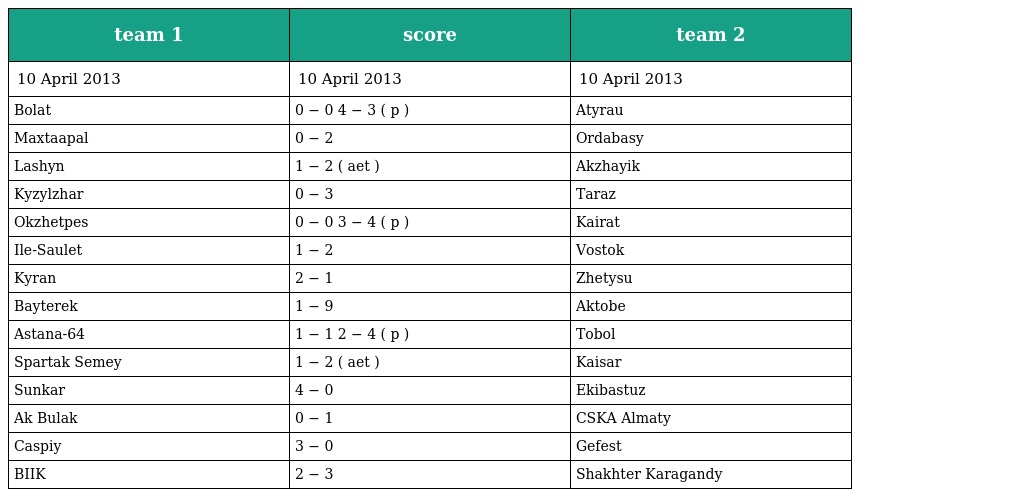
| team 1 | score | team 2 |
 | --- | --- | --- |
 | 10 April 2013 | 10 April 2013 | 10 April 2013 |
 | Bolat | 0 − 0 4 − 3 ( p ) | Atyrau |
 | Maxtaapal | 0 − 2 | Ordabasy |
 | Lashyn | 1 − 2 ( aet ) | Akzhayik |
 | Kyzylzhar | 0 − 3 | Taraz |
 | Okzhetpes | 0 − 0 3 − 4 ( p ) | Kairat |
 | Ile-Saulet | 1 − 2 | Vostok |
 | Kyran | 2 − 1 | Zhetysu |
 | Bayterek | 1 − 9 | Aktobe |
 | Astana-64 | 1 − 1 2 − 4 ( p ) | Tobol |
 | Spartak Semey | 1 − 2 ( aet ) | Kaisar |
 | Sunkar | 4 − 0 | Ekibastuz |
 | Ak Bulak | 0 − 1 | CSKA Almaty |
 | Caspiy | 3 − 0 | Gefest |
 | BIIK | 2 − 3 | Shakhter Karagandy |